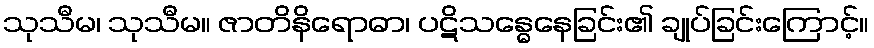
သုသီမ၊ သုသီမ။ ဇာတိနိရောဓာ၊ ပဋိသန္ဓေနေခြင်း၏ ချုပ်ခြင်းကြောင့်။